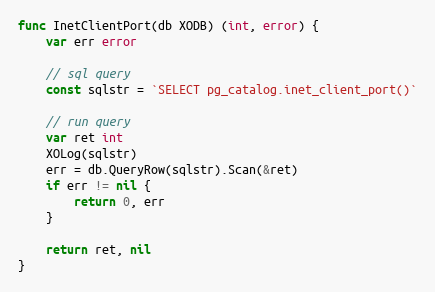
Language: Go
func InetClientPort(db XODB) (int, error) {
	var err error

	// sql query
	const sqlstr = `SELECT pg_catalog.inet_client_port()`

	// run query
	var ret int
	XOLog(sqlstr)
	err = db.QueryRow(sqlstr).Scan(&ret)
	if err != nil {
		return 0, err
	}

	return ret, nil
}